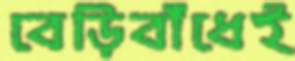
বেড়িবাঁধেই